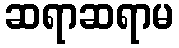
ဆရာဆရာမ